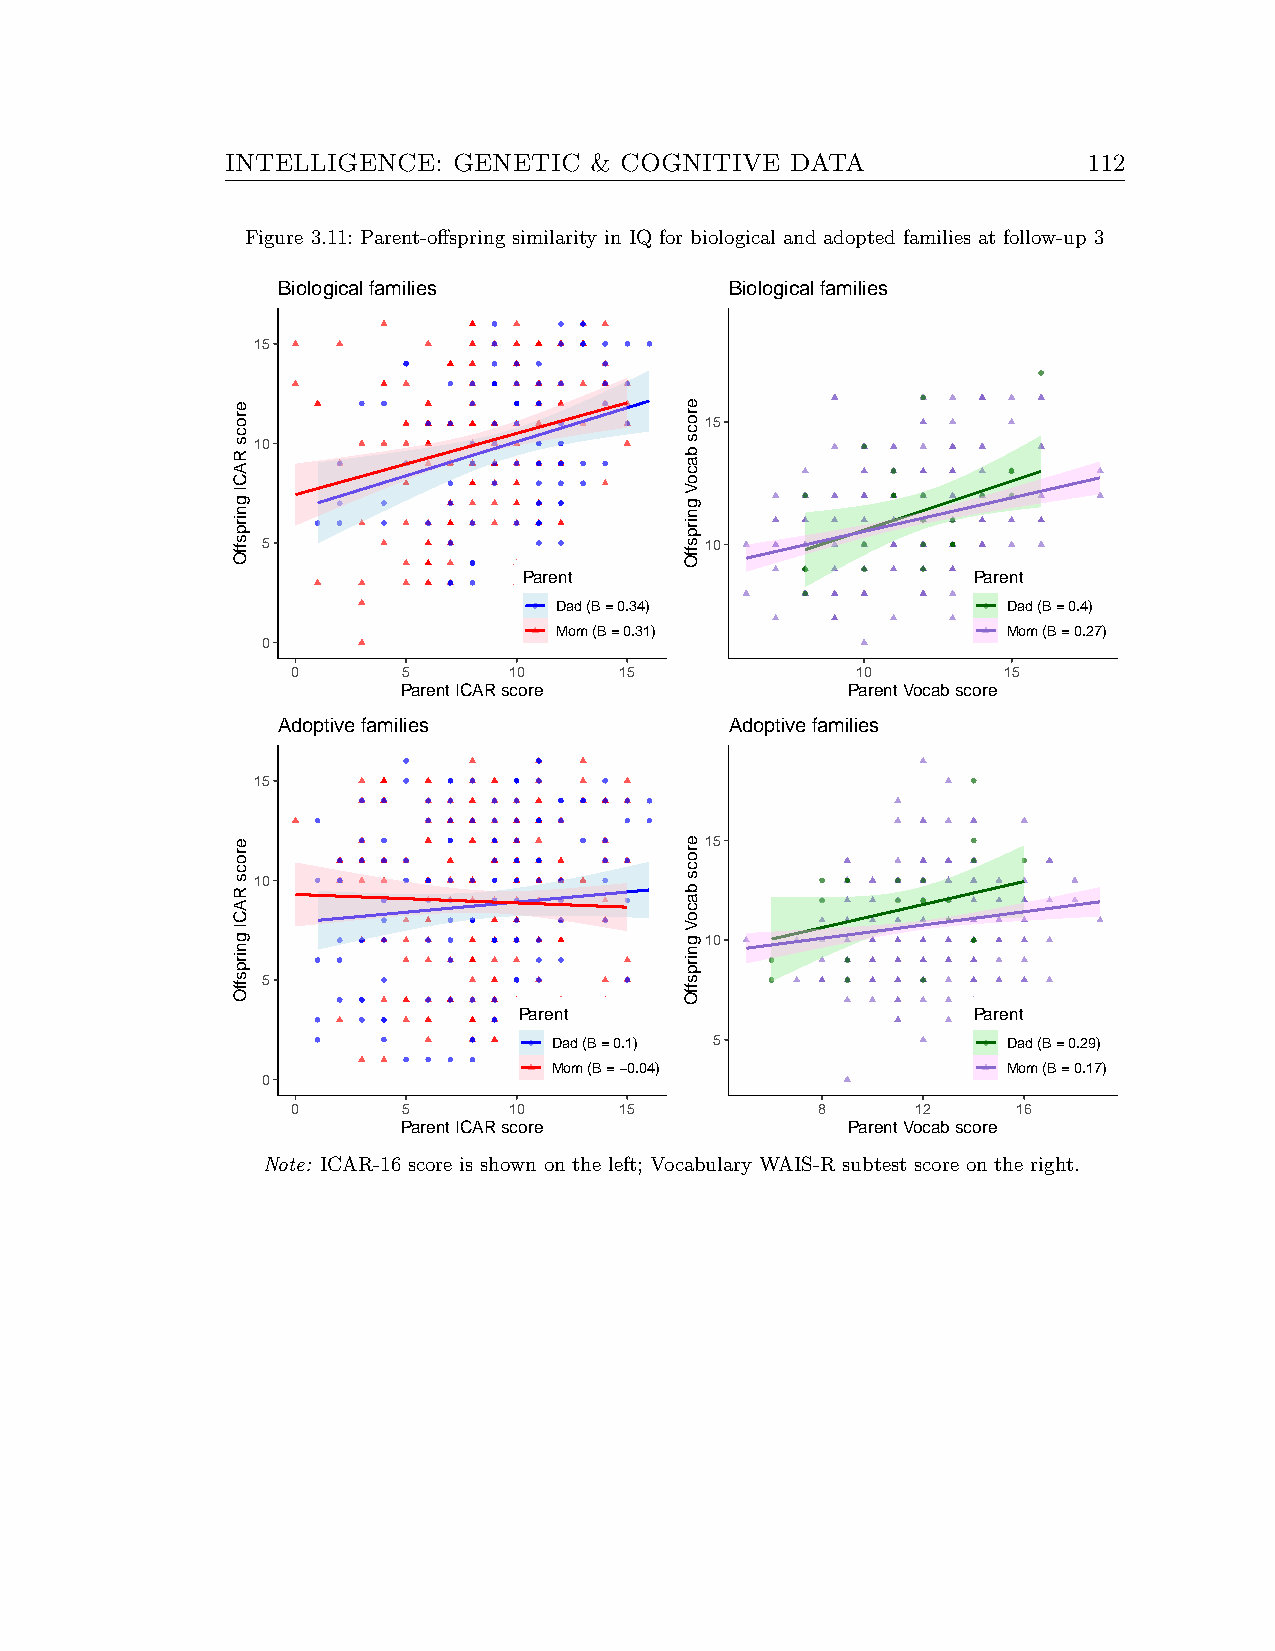
INTELLIGENCE:  GENETIC  & COGNITIVE  DATA                112
 Figure 3.11: Parent-offspring similarity in IQ for biological and adopted families at follow-up 3
 Biological families           Biological families
 15
 15
 10
 5                             10
 Parent                       Parent
 Dad (B = 0.34)                Dad (B = 0.4)
 Mom (B = 0.31)                Mom (B = 0.27)
 0
 0       5      10     15              10       15
 Parent ICAR score            Parent Vocab score
 Adoptive families             Adoptive families
 15
 15
 10
 10
 5
 Parent                        Parent
 Dad (B = 0.1) 5               Dad (B = 0.29)
 Mom (B = −0.04)               Mom (B = 0.17)
 0
 0       5      10     15           8      12    16
 Parent ICAR score            Parent Vocab score
 Note: ICAR-16 score is shown on the left; Vocabulary WAIS-R subtest score on the right.
 erocs
 RACI
 gnirpsffO
 erocs
 RACI
 gnirpsffO
 erocs
 bacoV
 gnirpsffO
 erocs
 bacoV
 gnirpsffO